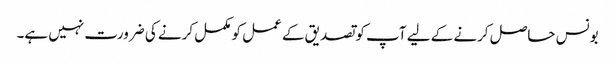
بونس حاصل کرنے کے لیے آپ کو تصدیق کے عمل کو مکمل کرنے کی ضرورت نہیں ہے۔